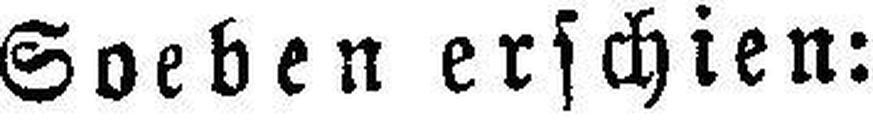
Soeben erschien: